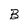
Character: B